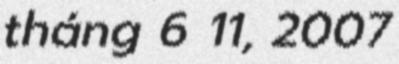
tháng 6 11, 2007